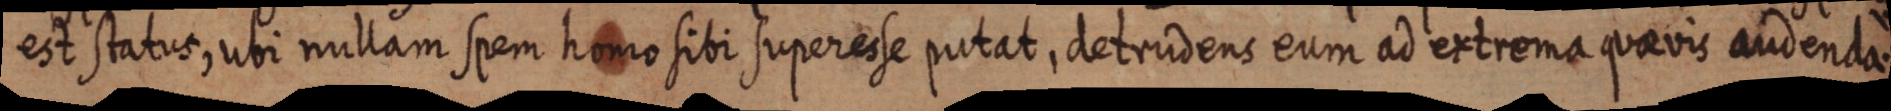
est status, ubi nullam spem homo sibi superesse putat, detrudens eum ad extrema quaevis audenda.